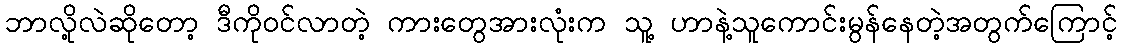
ဘာလို့လဲဆိုတော့ ဒီကိုဝင်လာတဲ့ ကားတွေအားလုံးက သူ့ ဟာနဲ့သူကောင်းမွန်နေတဲ့အတွက်ကြောင့်